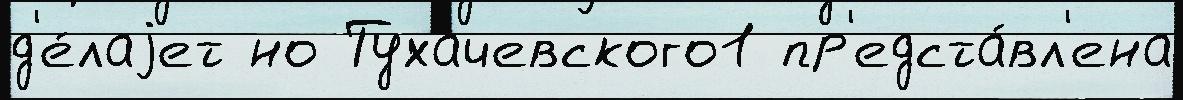
д'е́лаjет но Тухачевского1 пр'едста́вл'ена